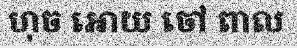
ហុច អោយ ចៅ ពាល